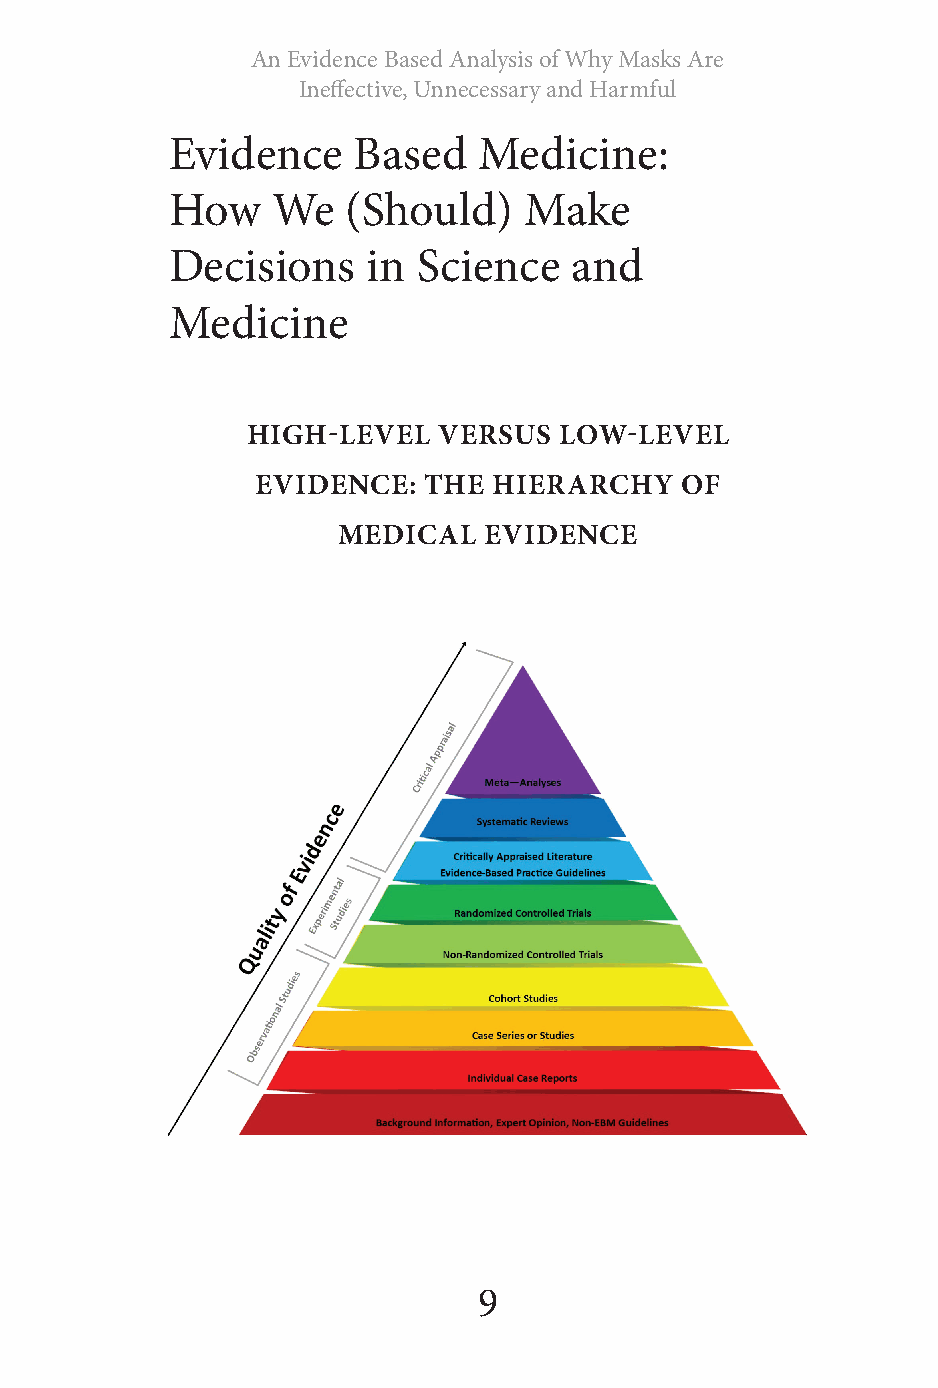
An Evidence Based Analysis of Why Masks Are
 Ineffective, Unnecessary and Harmful
 Evidence    Based    Medicine:
 How    We   (Should)    Make
 Decisions    in  Science   and
 Medicine
 HIGH-LEVEL   VERSUS  LOW-LEVEL
 EVIDENCE:  THE  HIERARCHY   OF
 MEDICAL   EVIDENCE
 9